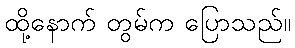
ထို့နောက် တွမ်က ပြောသည်။